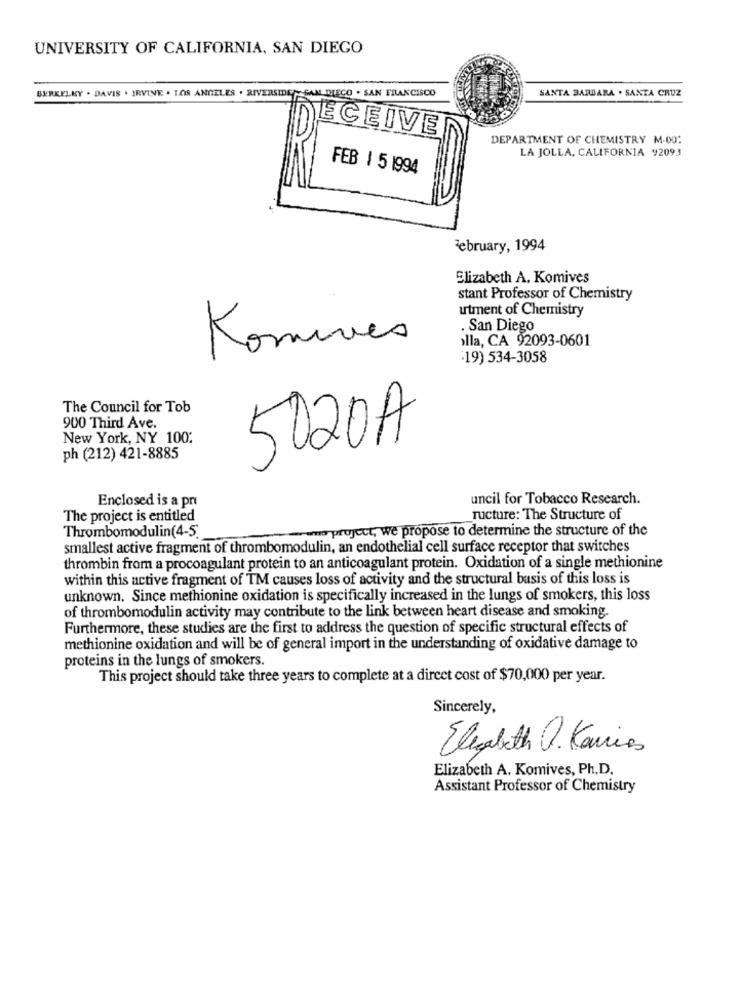
UNIVERSITY OF CALIFORNIA, SAN DIEGO
BERKELKY . DAVIS . IRVINE . LOS ANGELES . RIVERSIDE
SANTA BARBARA . SANTA CRUZ
SAN DIEGO . SAN FRANCISCO
ECEIVE
DEPARTMENT OF CHEMISTRY M-00:
LA JOLLA, CALIFORNIA 92093
FEB | 5 1994
February, 1994
Elizabeth A. Komives
stant Professor of Chemistry
utment of Chemistry
. San Diego
lla, CA 92093-0601
Romines
:19) 534-3058
The Council for Tob
900 Third Ave.
New York, NY 100:
5020A
ph (212) 421-8885
Enclosed is a pri
uncil for Tobacco Research.
The project is entitled
ructure: The Structure of
Thrombomodulin(4-5
wmo project, we propose to determine the structure of the
smallest active fragment of thrombomodulin, an endothelial cell surface receptor that switches
thrombin from a procoagulant protein to an anticoagulant protein. Oxidation of a single methionine
within this active fragment of TM causes loss of activity and the structural basis of this loss is
unknown. Since methionine oxidation is specifically increased in the lungs of smokers, this loss
of thrombomodulin activity may contribute to the link between heart disease and smoking
Furthermore, these studies are the first to address the question of specific structural effects of
methionine oxidation and will be of general import in the understanding of oxidative damage to
proteins in the lungs of smokers.
This project should take three years to complete at a direct cost of $70,000 per year.
Sincerely,
Elizabeth . Kancias
Elizabeth A. Komives, Ph.D.
Assistant Professor of Chemistry